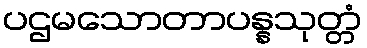
ပဌမသောတာပန္နသုတ္တံ